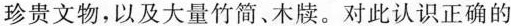
珍贵文物，以及大量竹简、木牍。对此认识正确的